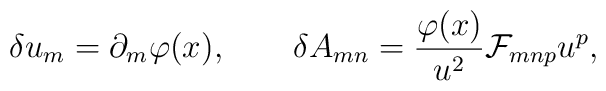
\delta u_m=\partial_m\varphi(x), \qquad\delta A_{mn}={{\varphi(x)}\over{u^2}}{\cal F}_{mnp}u^p,